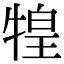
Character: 𤚝